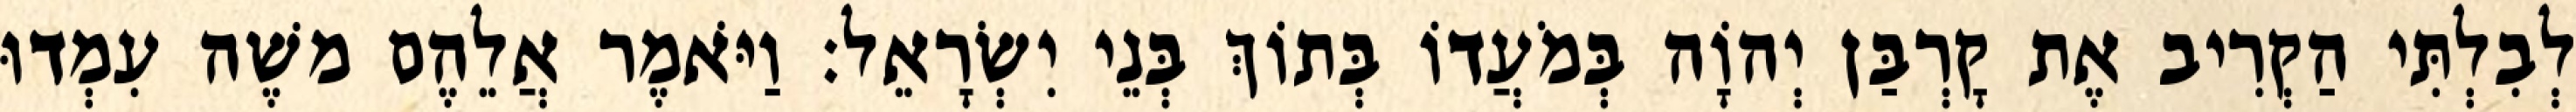
לְבִלְתִּי הַקְרִיב אֶת קָרְבַּן יְהוָֹה בְּמֹעֲדוֹ בְּתוֹךְ בְּנֵי יִשְׂרָאֵל׃ וַיֹּאמֶר אֲלֵהֶם משֶׁה עִמְדוּ